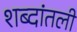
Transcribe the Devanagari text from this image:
शब्दांतली